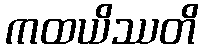
ကထယိဿတိ